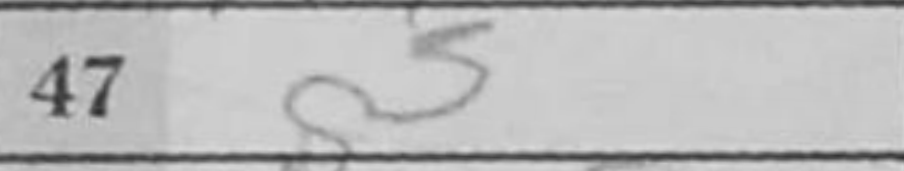
Transcription: g5